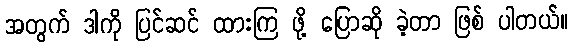
အတွက် ဒါကို ပြင်ဆင် ထားကြ ဖု့ိ ပြောဆို ခဲ့တာ ဖြစ် ပါတယ်။